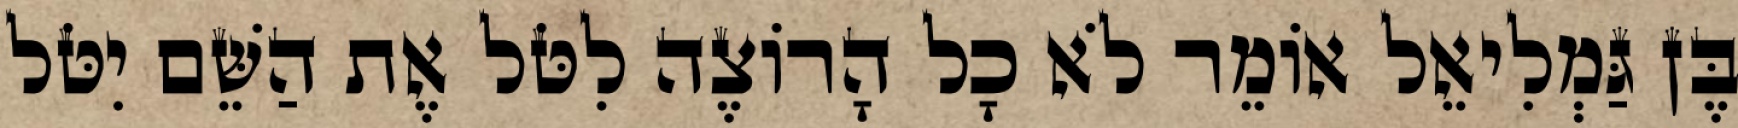
בֶּן גַּמְלִיאֵל אוֹמֵר לֹא כָל הָרוֹצֶה לִטֹּל אֶת הַשֵּׁם יִטֹּל